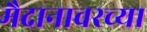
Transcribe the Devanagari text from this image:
मैदानावरच्या